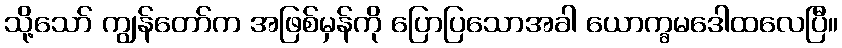
သို့သော် ကျွန်တော်က အဖြစ်မှန်ကို ပြောပြသောအခါ ယောက္ခမဒေါထလေပြီ။